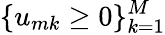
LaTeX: \{ u_{mk}\ge 0\} _{k=1}^{M}